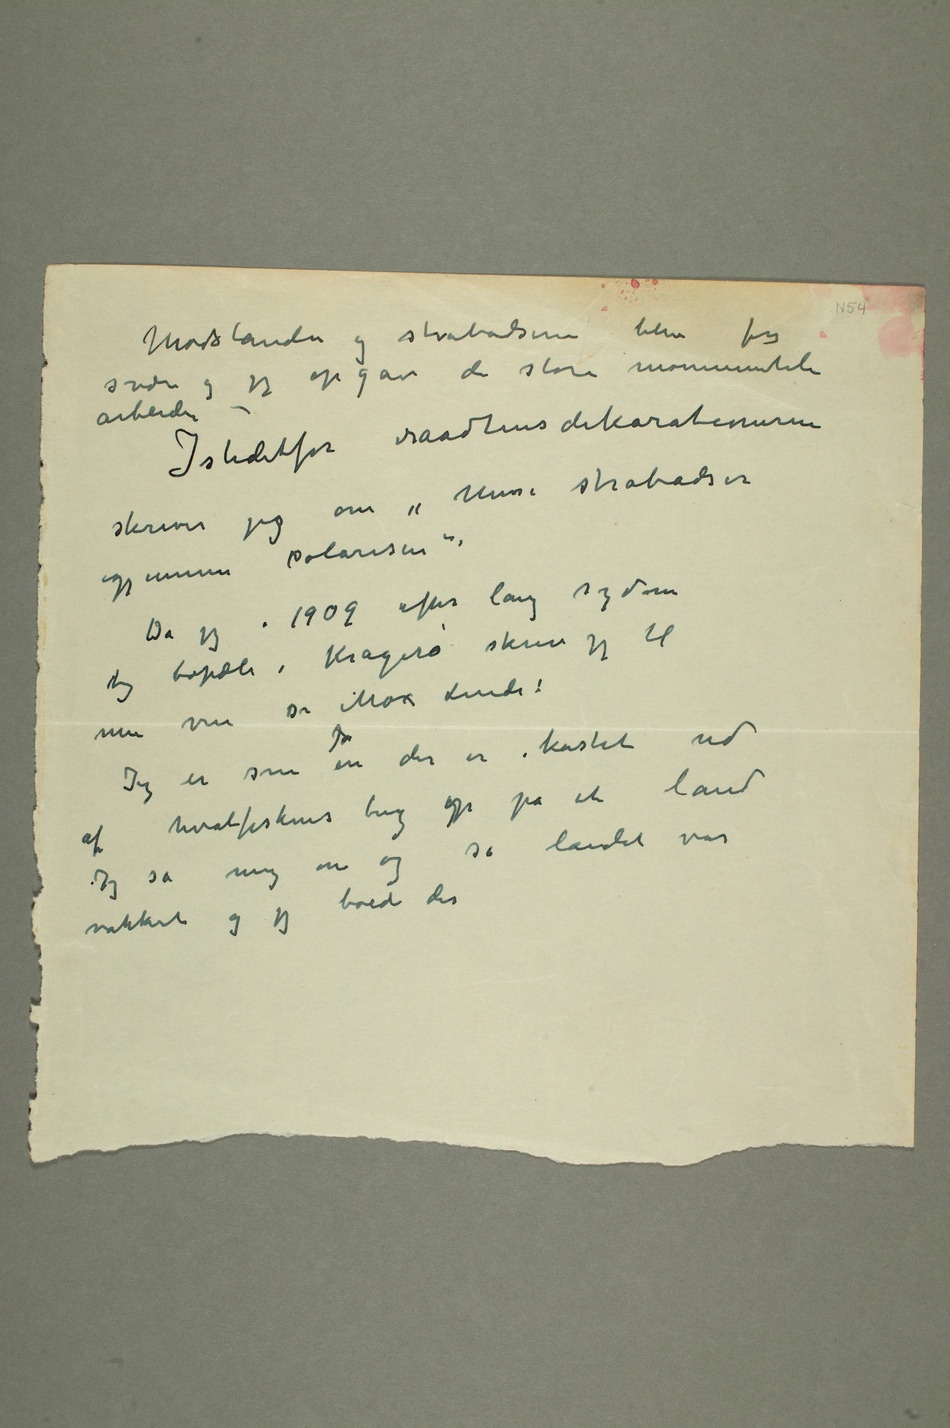
Modstanden og strabadserne blev for
svære og  jeg opgav de store monumentale
arbeider –
Istedetfor raadhusdekorationerne skriver jeg
polarisen».
Da jeg i 1909 efter lang sygdom
tog bopæl i Kragerø skrev jeg til
af hvalfiskens bug op på et land
Jeg så mig om og så landet var
vakkert og jeg